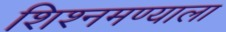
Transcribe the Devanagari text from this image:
शिश्नमण्याला